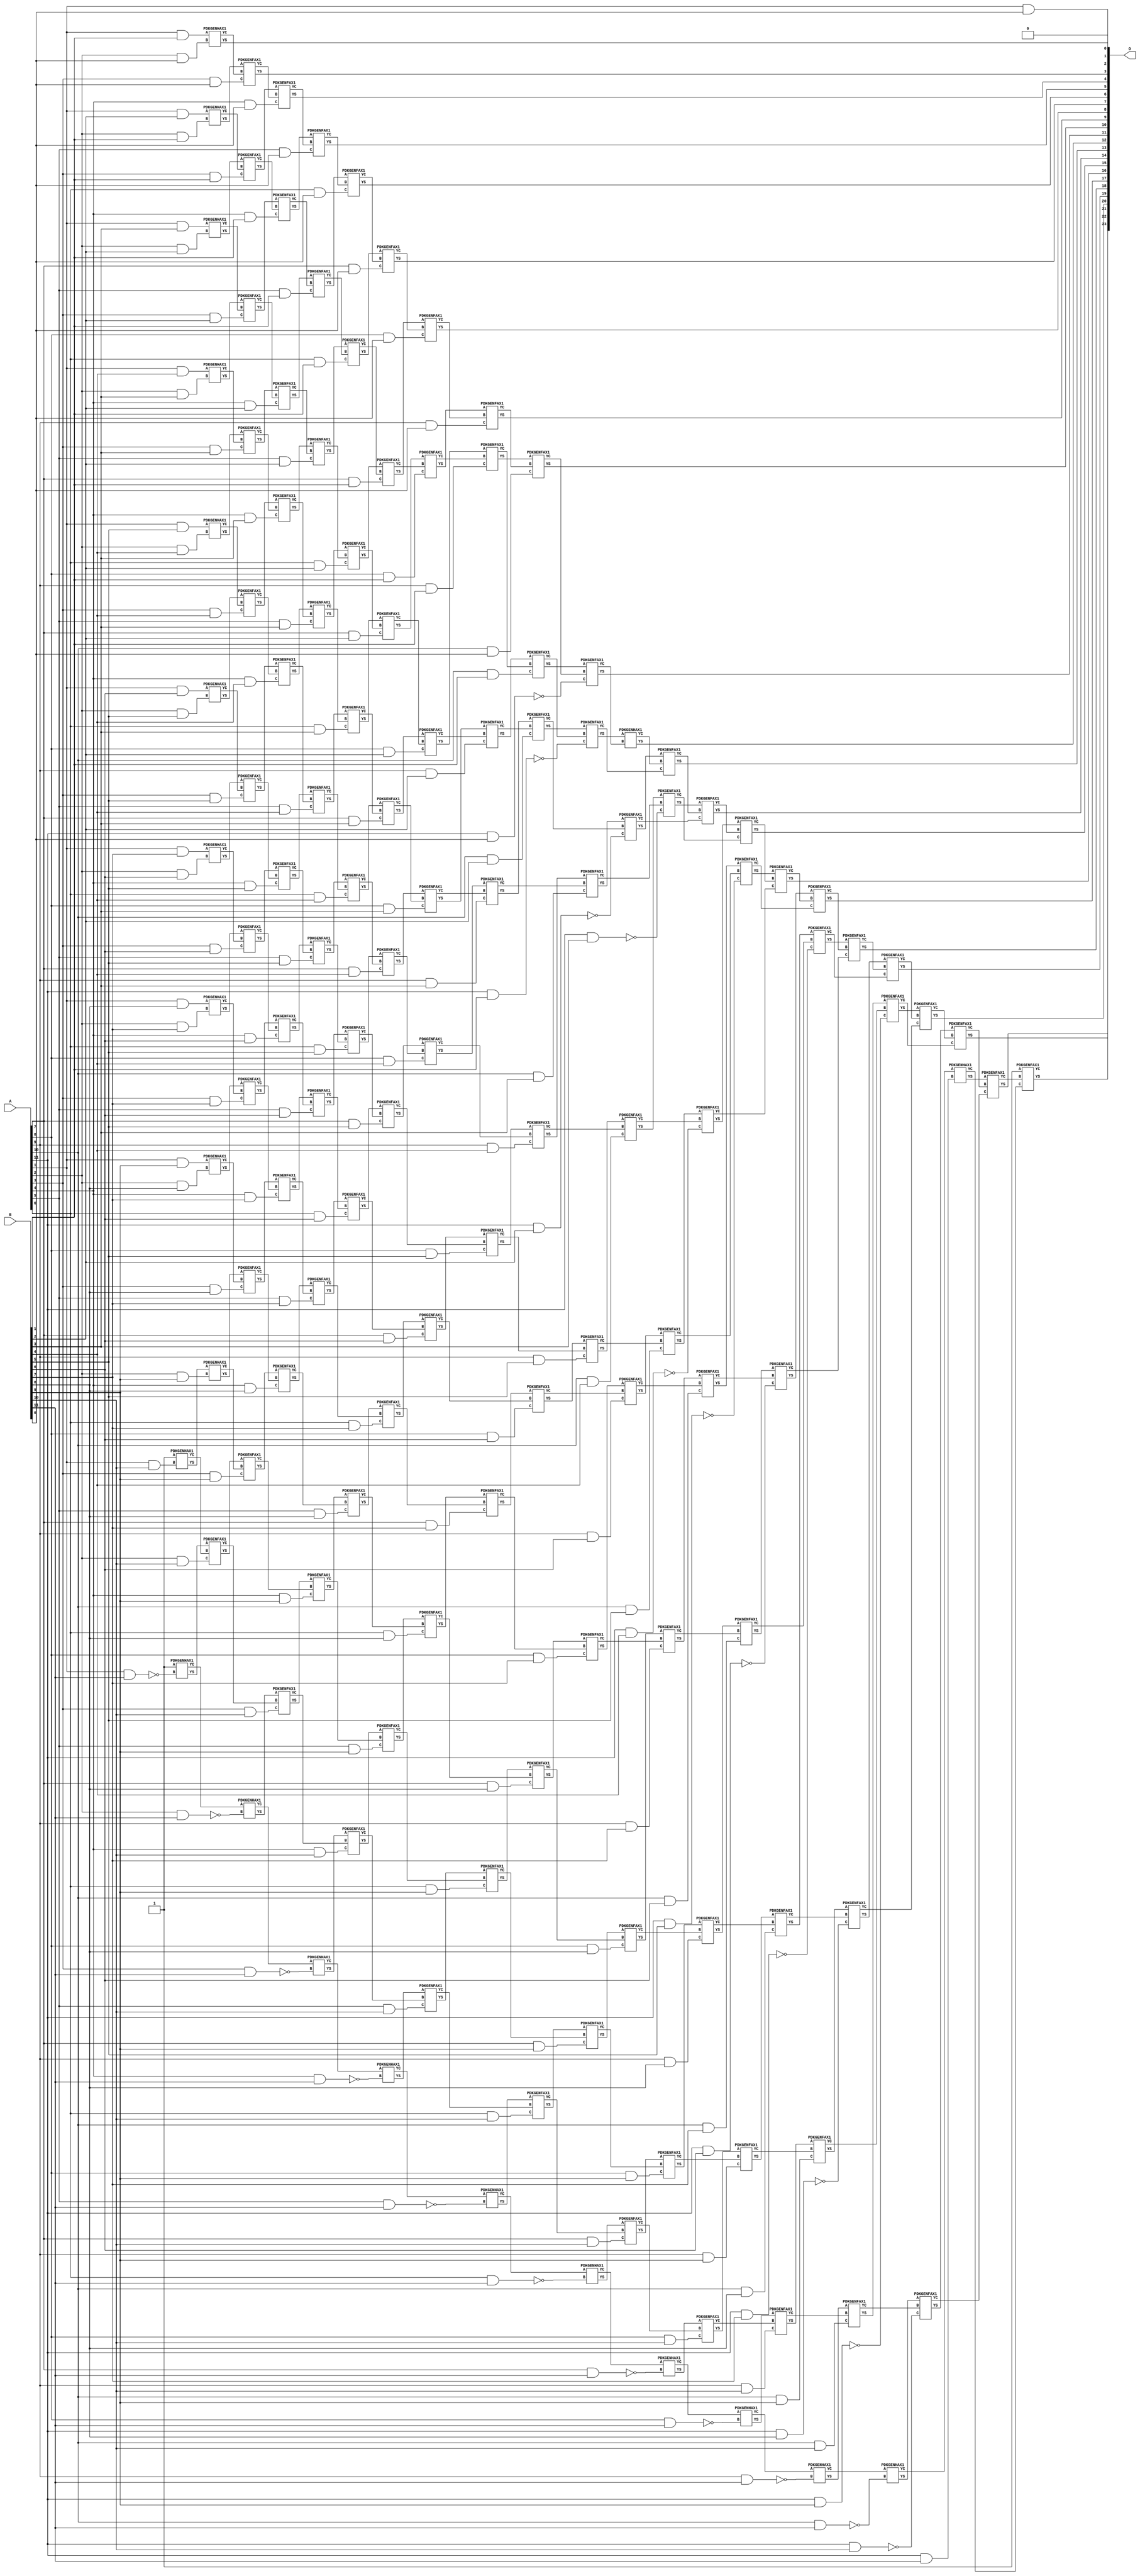
/***
* This code is a part of EvoApproxLib library (ehw.fit.vutbr.cz/approxlib) distributed under The MIT License.
* When used, please cite the following article(s): V. Mrazek, Z. Vasicek, L. Sekanina, H. Jiang and J. Han, "Scalable Construction of Approximate Multipliers With Formally Guaranteed Worst Case Error" in IEEE Transactions on Very Large Scale Integration (VLSI) Systems, vol. 26, no. 11, pp. 2572-2576, Nov. 2018. doi: 10.1109/TVLSI.2018.2856362 
* This file contains a circuit from a sub-set of pareto optimal circuits with respect to the pwr and ep parameters
***/
// MAE% = 0.0031 %
// MAE = 512 
// WCE% = 0.012 %
// WCE = 2048 
// WCRE% = 100.00 %
// EP% = 49.99 %
// MRE% = 0.22 %
// MSE = 699051 
// PDK45_PWR = 1.093 mW
// PDK45_AREA = 1528.0 um2
// PDK45_DELAY = 2.24 ns


module mul12s_2R1 ( A, B, O );
  input [11:0] A;
  input [11:0] B;
  output [23:0] O;

  wire C_10_0,C_10_1,C_10_10,C_10_11,C_10_2,C_10_3,C_10_4,C_10_5,C_10_6,C_10_7,C_10_8,C_10_9,C_11_0,C_11_1,C_11_10,C_11_11,C_11_2,C_11_3,C_11_4,C_11_5,C_11_6,C_11_7,C_11_8,C_11_9,C_12_0,C_12_1,C_12_10,C_12_11,C_12_2,C_12_3,C_12_4,C_12_5,C_12_6,C_12_7,C_12_8,C_12_9,C_1_10,C_1_11,C_2_0,C_2_1,C_2_10,C_2_11,C_2_2,C_2_3,C_2_4,C_2_5,C_2_6,C_2_7,C_2_8,C_2_9,C_3_0,C_3_1,C_3_10,C_3_11,C_3_2,C_3_3,C_3_4,C_3_5,C_3_6,C_3_7,C_3_8,C_3_9,C_4_0,C_4_1,C_4_10,C_4_11,C_4_2,C_4_3,C_4_4,C_4_5,C_4_6,C_4_7,C_4_8,C_4_9,C_5_0,C_5_1,C_5_10,C_5_11,C_5_2,C_5_3,C_5_4,C_5_5,C_5_6,C_5_7,C_5_8,C_5_9,C_6_0,C_6_1,C_6_10,C_6_11,C_6_2,C_6_3,C_6_4,C_6_5,C_6_6,C_6_7,C_6_8,C_6_9,C_7_0,C_7_1,C_7_10,C_7_11,C_7_2,C_7_3,C_7_4,C_7_5,C_7_6,C_7_7,C_7_8,C_7_9,C_8_0,C_8_1,C_8_10,C_8_11,C_8_2,C_8_3,C_8_4,C_8_5,C_8_6,C_8_7,C_8_8,C_8_9,C_9_0,C_9_1,C_9_10,C_9_11,C_9_2,C_9_3,C_9_4,C_9_5,C_9_6,C_9_7,C_9_8,C_9_9,S_0_11,S_10_0,S_10_1,S_10_10,S_10_11,S_10_2,S_10_3,S_10_4,S_10_5,S_10_6,S_10_7,S_10_8,S_10_9,S_11_0,S_11_1,S_11_10,S_11_11,S_11_2,S_11_3,S_11_4,S_11_5,S_11_6,S_11_7,S_11_8,S_11_9,S_12_0,S_12_1,S_12_10,S_12_11,S_12_2,S_12_3,S_12_4,S_12_5,S_12_6,S_12_7,S_12_8,S_12_9,S_1_0,S_1_1,S_1_10,S_1_11,S_1_2,S_1_3,S_1_4,S_1_5,S_1_6,S_1_7,S_1_8,S_1_9,S_2_0,S_2_1,S_2_10,S_2_11,S_2_2,S_2_3,S_2_4,S_2_5,S_2_6,S_2_7,S_2_8,S_2_9,S_3_0,S_3_1,S_3_10,S_3_11,S_3_2,S_3_3,S_3_4,S_3_5,S_3_6,S_3_7,S_3_8,S_3_9,S_4_0,S_4_1,S_4_10,S_4_11,S_4_2,S_4_3,S_4_4,S_4_5,S_4_6,S_4_7,S_4_8,S_4_9,S_5_0,S_5_1,S_5_10,S_5_11,S_5_2,S_5_3,S_5_4,S_5_5,S_5_6,S_5_7,S_5_8,S_5_9,S_6_0,S_6_1,S_6_10,S_6_11,S_6_2,S_6_3,S_6_4,S_6_5,S_6_6,S_6_7,S_6_8,S_6_9,S_7_0,S_7_1,S_7_10,S_7_11,S_7_2,S_7_3,S_7_4,S_7_5,S_7_6,S_7_7,S_7_8,S_7_9,S_8_0,S_8_1,S_8_10,S_8_11,S_8_2,S_8_3,S_8_4,S_8_5,S_8_6,S_8_7,S_8_8,S_8_9,S_9_0,S_9_1,S_9_10,S_9_11,S_9_2,S_9_3,S_9_4,S_9_5,S_9_6,S_9_7,S_9_8,S_9_9;

  assign S_0_11 = 1'b1;
  assign S_1_0 = (A[1] & B[0]);
  assign S_1_1 = (A[1] & B[1]);
  assign S_1_2 = (A[1] & B[2]);
  assign S_1_3 = (A[1] & B[3]);
  assign S_1_4 = (A[1] & B[4]);
  assign S_1_5 = (A[1] & B[5]);
  assign S_1_6 = (A[1] & B[6]);
  assign S_1_7 = (A[1] & B[7]);
  assign S_1_8 = (A[1] & B[8]);
  assign S_1_9 = (A[1] & B[9]);
  PDKGENHAX1 U20447 (.A(S_0_11), .B((A[1] & B[10])), .YS(S_1_10), .YC(C_1_10));
  PDKGENHAX1 U20448 (.A(1'b1), .B(~(A[1] & B[11])), .YS(S_1_11), .YC(C_1_11));
  PDKGENHAX1 U20449 (.A(S_1_1), .B((A[2] & B[0])), .YS(S_2_0), .YC(C_2_0));
  PDKGENHAX1 U20450 (.A(S_1_2), .B((A[2] & B[1])), .YS(S_2_1), .YC(C_2_1));
  PDKGENHAX1 U20451 (.A(S_1_3), .B((A[2] & B[2])), .YS(S_2_2), .YC(C_2_2));
  PDKGENHAX1 U20452 (.A(S_1_4), .B((A[2] & B[3])), .YS(S_2_3), .YC(C_2_3));
  PDKGENHAX1 U20453 (.A(S_1_5), .B((A[2] & B[4])), .YS(S_2_4), .YC(C_2_4));
  PDKGENHAX1 U20454 (.A(S_1_6), .B((A[2] & B[5])), .YS(S_2_5), .YC(C_2_5));
  PDKGENHAX1 U20455 (.A(S_1_7), .B((A[2] & B[6])), .YS(S_2_6), .YC(C_2_6));
  PDKGENHAX1 U20456 (.A(S_1_8), .B((A[2] & B[7])), .YS(S_2_7), .YC(C_2_7));
  PDKGENHAX1 U20457 (.A(S_1_9), .B((A[2] & B[8])), .YS(S_2_8), .YC(C_2_8));
  PDKGENHAX1 U20458 (.A(S_1_10), .B((A[2] & B[9])), .YS(S_2_9), .YC(C_2_9));
  PDKGENFAX1 U20459 (.A(S_1_11), .B(C_1_10), .C((A[2] & B[10])), .YS(S_2_10), .YC(C_2_10));
  PDKGENHAX1 U20460 (.A(C_1_11), .B(~(A[2] & B[11])), .YS(S_2_11), .YC(C_2_11));
  PDKGENFAX1 U20461 (.A(S_2_1), .B(C_2_0), .C((A[3] & B[0])), .YS(S_3_0), .YC(C_3_0));
  PDKGENFAX1 U20462 (.A(S_2_2), .B(C_2_1), .C((A[3] & B[1])), .YS(S_3_1), .YC(C_3_1));
  PDKGENFAX1 U20463 (.A(S_2_3), .B(C_2_2), .C((A[3] & B[2])), .YS(S_3_2), .YC(C_3_2));
  PDKGENFAX1 U20464 (.A(S_2_4), .B(C_2_3), .C((A[3] & B[3])), .YS(S_3_3), .YC(C_3_3));
  PDKGENFAX1 U20465 (.A(S_2_5), .B(C_2_4), .C((A[3] & B[4])), .YS(S_3_4), .YC(C_3_4));
  PDKGENFAX1 U20466 (.A(S_2_6), .B(C_2_5), .C((A[3] & B[5])), .YS(S_3_5), .YC(C_3_5));
  PDKGENFAX1 U20467 (.A(S_2_7), .B(C_2_6), .C((A[3] & B[6])), .YS(S_3_6), .YC(C_3_6));
  PDKGENFAX1 U20468 (.A(S_2_8), .B(C_2_7), .C((A[3] & B[7])), .YS(S_3_7), .YC(C_3_7));
  PDKGENFAX1 U20469 (.A(S_2_9), .B(C_2_8), .C((A[3] & B[8])), .YS(S_3_8), .YC(C_3_8));
  PDKGENFAX1 U20470 (.A(S_2_10), .B(C_2_9), .C((A[3] & B[9])), .YS(S_3_9), .YC(C_3_9));
  PDKGENFAX1 U20471 (.A(S_2_11), .B(C_2_10), .C((A[3] & B[10])), .YS(S_3_10), .YC(C_3_10));
  PDKGENHAX1 U20472 (.A(C_2_11), .B(~(A[3] & B[11])), .YS(S_3_11), .YC(C_3_11));
  PDKGENFAX1 U20473 (.A(S_3_1), .B(C_3_0), .C((A[4] & B[0])), .YS(S_4_0), .YC(C_4_0));
  PDKGENFAX1 U20474 (.A(S_3_2), .B(C_3_1), .C((A[4] & B[1])), .YS(S_4_1), .YC(C_4_1));
  PDKGENFAX1 U20475 (.A(S_3_3), .B(C_3_2), .C((A[4] & B[2])), .YS(S_4_2), .YC(C_4_2));
  PDKGENFAX1 U20476 (.A(S_3_4), .B(C_3_3), .C((A[4] & B[3])), .YS(S_4_3), .YC(C_4_3));
  PDKGENFAX1 U20477 (.A(S_3_5), .B(C_3_4), .C((A[4] & B[4])), .YS(S_4_4), .YC(C_4_4));
  PDKGENFAX1 U20478 (.A(S_3_6), .B(C_3_5), .C((A[4] & B[5])), .YS(S_4_5), .YC(C_4_5));
  PDKGENFAX1 U20479 (.A(S_3_7), .B(C_3_6), .C((A[4] & B[6])), .YS(S_4_6), .YC(C_4_6));
  PDKGENFAX1 U20480 (.A(S_3_8), .B(C_3_7), .C((A[4] & B[7])), .YS(S_4_7), .YC(C_4_7));
  PDKGENFAX1 U20481 (.A(S_3_9), .B(C_3_8), .C((A[4] & B[8])), .YS(S_4_8), .YC(C_4_8));
  PDKGENFAX1 U20482 (.A(S_3_10), .B(C_3_9), .C((A[4] & B[9])), .YS(S_4_9), .YC(C_4_9));
  PDKGENFAX1 U20483 (.A(S_3_11), .B(C_3_10), .C((A[4] & B[10])), .YS(S_4_10), .YC(C_4_10));
  PDKGENHAX1 U20484 (.A(C_3_11), .B(~(A[4] & B[11])), .YS(S_4_11), .YC(C_4_11));
  PDKGENFAX1 U20485 (.A(S_4_1), .B(C_4_0), .C((A[5] & B[0])), .YS(S_5_0), .YC(C_5_0));
  PDKGENFAX1 U20486 (.A(S_4_2), .B(C_4_1), .C((A[5] & B[1])), .YS(S_5_1), .YC(C_5_1));
  PDKGENFAX1 U20487 (.A(S_4_3), .B(C_4_2), .C((A[5] & B[2])), .YS(S_5_2), .YC(C_5_2));
  PDKGENFAX1 U20488 (.A(S_4_4), .B(C_4_3), .C((A[5] & B[3])), .YS(S_5_3), .YC(C_5_3));
  PDKGENFAX1 U20489 (.A(S_4_5), .B(C_4_4), .C((A[5] & B[4])), .YS(S_5_4), .YC(C_5_4));
  PDKGENFAX1 U20490 (.A(S_4_6), .B(C_4_5), .C((A[5] & B[5])), .YS(S_5_5), .YC(C_5_5));
  PDKGENFAX1 U20491 (.A(S_4_7), .B(C_4_6), .C((A[5] & B[6])), .YS(S_5_6), .YC(C_5_6));
  PDKGENFAX1 U20492 (.A(S_4_8), .B(C_4_7), .C((A[5] & B[7])), .YS(S_5_7), .YC(C_5_7));
  PDKGENFAX1 U20493 (.A(S_4_9), .B(C_4_8), .C((A[5] & B[8])), .YS(S_5_8), .YC(C_5_8));
  PDKGENFAX1 U20494 (.A(S_4_10), .B(C_4_9), .C((A[5] & B[9])), .YS(S_5_9), .YC(C_5_9));
  PDKGENFAX1 U20495 (.A(S_4_11), .B(C_4_10), .C((A[5] & B[10])), .YS(S_5_10), .YC(C_5_10));
  PDKGENHAX1 U20496 (.A(C_4_11), .B(~(A[5] & B[11])), .YS(S_5_11), .YC(C_5_11));
  PDKGENFAX1 U20497 (.A(S_5_1), .B(C_5_0), .C((A[6] & B[0])), .YS(S_6_0), .YC(C_6_0));
  PDKGENFAX1 U20498 (.A(S_5_2), .B(C_5_1), .C((A[6] & B[1])), .YS(S_6_1), .YC(C_6_1));
  PDKGENFAX1 U20499 (.A(S_5_3), .B(C_5_2), .C((A[6] & B[2])), .YS(S_6_2), .YC(C_6_2));
  PDKGENFAX1 U20500 (.A(S_5_4), .B(C_5_3), .C((A[6] & B[3])), .YS(S_6_3), .YC(C_6_3));
  PDKGENFAX1 U20501 (.A(S_5_5), .B(C_5_4), .C((A[6] & B[4])), .YS(S_6_4), .YC(C_6_4));
  PDKGENFAX1 U20502 (.A(S_5_6), .B(C_5_5), .C((A[6] & B[5])), .YS(S_6_5), .YC(C_6_5));
  PDKGENFAX1 U20503 (.A(S_5_7), .B(C_5_6), .C((A[6] & B[6])), .YS(S_6_6), .YC(C_6_6));
  PDKGENFAX1 U20504 (.A(S_5_8), .B(C_5_7), .C((A[6] & B[7])), .YS(S_6_7), .YC(C_6_7));
  PDKGENFAX1 U20505 (.A(S_5_9), .B(C_5_8), .C((A[6] & B[8])), .YS(S_6_8), .YC(C_6_8));
  PDKGENFAX1 U20506 (.A(S_5_10), .B(C_5_9), .C((A[6] & B[9])), .YS(S_6_9), .YC(C_6_9));
  PDKGENFAX1 U20507 (.A(S_5_11), .B(C_5_10), .C((A[6] & B[10])), .YS(S_6_10), .YC(C_6_10));
  PDKGENHAX1 U20508 (.A(C_5_11), .B(~(A[6] & B[11])), .YS(S_6_11), .YC(C_6_11));
  PDKGENFAX1 U20509 (.A(S_6_1), .B(C_6_0), .C((A[7] & B[0])), .YS(S_7_0), .YC(C_7_0));
  PDKGENFAX1 U20510 (.A(S_6_2), .B(C_6_1), .C((A[7] & B[1])), .YS(S_7_1), .YC(C_7_1));
  PDKGENFAX1 U20511 (.A(S_6_3), .B(C_6_2), .C((A[7] & B[2])), .YS(S_7_2), .YC(C_7_2));
  PDKGENFAX1 U20512 (.A(S_6_4), .B(C_6_3), .C((A[7] & B[3])), .YS(S_7_3), .YC(C_7_3));
  PDKGENFAX1 U20513 (.A(S_6_5), .B(C_6_4), .C((A[7] & B[4])), .YS(S_7_4), .YC(C_7_4));
  PDKGENFAX1 U20514 (.A(S_6_6), .B(C_6_5), .C((A[7] & B[5])), .YS(S_7_5), .YC(C_7_5));
  PDKGENFAX1 U20515 (.A(S_6_7), .B(C_6_6), .C((A[7] & B[6])), .YS(S_7_6), .YC(C_7_6));
  PDKGENFAX1 U20516 (.A(S_6_8), .B(C_6_7), .C((A[7] & B[7])), .YS(S_7_7), .YC(C_7_7));
  PDKGENFAX1 U20517 (.A(S_6_9), .B(C_6_8), .C((A[7] & B[8])), .YS(S_7_8), .YC(C_7_8));
  PDKGENFAX1 U20518 (.A(S_6_10), .B(C_6_9), .C((A[7] & B[9])), .YS(S_7_9), .YC(C_7_9));
  PDKGENFAX1 U20519 (.A(S_6_11), .B(C_6_10), .C((A[7] & B[10])), .YS(S_7_10), .YC(C_7_10));
  PDKGENHAX1 U20520 (.A(C_6_11), .B(~(A[7] & B[11])), .YS(S_7_11), .YC(C_7_11));
  PDKGENFAX1 U20521 (.A(S_7_1), .B(C_7_0), .C((A[8] & B[0])), .YS(S_8_0), .YC(C_8_0));
  PDKGENFAX1 U20522 (.A(S_7_2), .B(C_7_1), .C((A[8] & B[1])), .YS(S_8_1), .YC(C_8_1));
  PDKGENFAX1 U20523 (.A(S_7_3), .B(C_7_2), .C((A[8] & B[2])), .YS(S_8_2), .YC(C_8_2));
  PDKGENFAX1 U20524 (.A(S_7_4), .B(C_7_3), .C((A[8] & B[3])), .YS(S_8_3), .YC(C_8_3));
  PDKGENFAX1 U20525 (.A(S_7_5), .B(C_7_4), .C((A[8] & B[4])), .YS(S_8_4), .YC(C_8_4));
  PDKGENFAX1 U20526 (.A(S_7_6), .B(C_7_5), .C((A[8] & B[5])), .YS(S_8_5), .YC(C_8_5));
  PDKGENFAX1 U20527 (.A(S_7_7), .B(C_7_6), .C((A[8] & B[6])), .YS(S_8_6), .YC(C_8_6));
  PDKGENFAX1 U20528 (.A(S_7_8), .B(C_7_7), .C((A[8] & B[7])), .YS(S_8_7), .YC(C_8_7));
  PDKGENFAX1 U20529 (.A(S_7_9), .B(C_7_8), .C((A[8] & B[8])), .YS(S_8_8), .YC(C_8_8));
  PDKGENFAX1 U20530 (.A(S_7_10), .B(C_7_9), .C((A[8] & B[9])), .YS(S_8_9), .YC(C_8_9));
  PDKGENFAX1 U20531 (.A(S_7_11), .B(C_7_10), .C((A[8] & B[10])), .YS(S_8_10), .YC(C_8_10));
  PDKGENHAX1 U20532 (.A(C_7_11), .B(~(A[8] & B[11])), .YS(S_8_11), .YC(C_8_11));
  PDKGENFAX1 U20533 (.A(S_8_1), .B(C_8_0), .C((A[9] & B[0])), .YS(S_9_0), .YC(C_9_0));
  PDKGENFAX1 U20534 (.A(S_8_2), .B(C_8_1), .C((A[9] & B[1])), .YS(S_9_1), .YC(C_9_1));
  PDKGENFAX1 U20535 (.A(S_8_3), .B(C_8_2), .C((A[9] & B[2])), .YS(S_9_2), .YC(C_9_2));
  PDKGENFAX1 U20536 (.A(S_8_4), .B(C_8_3), .C((A[9] & B[3])), .YS(S_9_3), .YC(C_9_3));
  PDKGENFAX1 U20537 (.A(S_8_5), .B(C_8_4), .C((A[9] & B[4])), .YS(S_9_4), .YC(C_9_4));
  PDKGENFAX1 U20538 (.A(S_8_6), .B(C_8_5), .C((A[9] & B[5])), .YS(S_9_5), .YC(C_9_5));
  PDKGENFAX1 U20539 (.A(S_8_7), .B(C_8_6), .C((A[9] & B[6])), .YS(S_9_6), .YC(C_9_6));
  PDKGENFAX1 U20540 (.A(S_8_8), .B(C_8_7), .C((A[9] & B[7])), .YS(S_9_7), .YC(C_9_7));
  PDKGENFAX1 U20541 (.A(S_8_9), .B(C_8_8), .C((A[9] & B[8])), .YS(S_9_8), .YC(C_9_8));
  PDKGENFAX1 U20542 (.A(S_8_10), .B(C_8_9), .C((A[9] & B[9])), .YS(S_9_9), .YC(C_9_9));
  PDKGENFAX1 U20543 (.A(S_8_11), .B(C_8_10), .C((A[9] & B[10])), .YS(S_9_10), .YC(C_9_10));
  PDKGENHAX1 U20544 (.A(C_8_11), .B(~(A[9] & B[11])), .YS(S_9_11), .YC(C_9_11));
  PDKGENFAX1 U20545 (.A(S_9_1), .B(C_9_0), .C((A[10] & B[0])), .YS(S_10_0), .YC(C_10_0));
  PDKGENFAX1 U20546 (.A(S_9_2), .B(C_9_1), .C((A[10] & B[1])), .YS(S_10_1), .YC(C_10_1));
  PDKGENFAX1 U20547 (.A(S_9_3), .B(C_9_2), .C((A[10] & B[2])), .YS(S_10_2), .YC(C_10_2));
  PDKGENFAX1 U20548 (.A(S_9_4), .B(C_9_3), .C((A[10] & B[3])), .YS(S_10_3), .YC(C_10_3));
  PDKGENFAX1 U20549 (.A(S_9_5), .B(C_9_4), .C((A[10] & B[4])), .YS(S_10_4), .YC(C_10_4));
  PDKGENFAX1 U20550 (.A(S_9_6), .B(C_9_5), .C((A[10] & B[5])), .YS(S_10_5), .YC(C_10_5));
  PDKGENFAX1 U20551 (.A(S_9_7), .B(C_9_6), .C((A[10] & B[6])), .YS(S_10_6), .YC(C_10_6));
  PDKGENFAX1 U20552 (.A(S_9_8), .B(C_9_7), .C((A[10] & B[7])), .YS(S_10_7), .YC(C_10_7));
  PDKGENFAX1 U20553 (.A(S_9_9), .B(C_9_8), .C((A[10] & B[8])), .YS(S_10_8), .YC(C_10_8));
  PDKGENFAX1 U20554 (.A(S_9_10), .B(C_9_9), .C((A[10] & B[9])), .YS(S_10_9), .YC(C_10_9));
  PDKGENFAX1 U20555 (.A(S_9_11), .B(C_9_10), .C((A[10] & B[10])), .YS(S_10_10), .YC(C_10_10));
  PDKGENHAX1 U20556 (.A(C_9_11), .B(~(A[10] & B[11])), .YS(S_10_11), .YC(C_10_11));
  PDKGENFAX1 U20557 (.A(S_10_1), .B(C_10_0), .C(~(A[11] & B[0])), .YS(S_11_0), .YC(C_11_0));
  PDKGENFAX1 U20558 (.A(S_10_2), .B(C_10_1), .C(~(A[11] & B[1])), .YS(S_11_1), .YC(C_11_1));
  PDKGENFAX1 U20559 (.A(S_10_3), .B(C_10_2), .C(~(A[11] & B[2])), .YS(S_11_2), .YC(C_11_2));
  PDKGENFAX1 U20560 (.A(S_10_4), .B(C_10_3), .C(~(A[11] & B[3])), .YS(S_11_3), .YC(C_11_3));
  PDKGENFAX1 U20561 (.A(S_10_5), .B(C_10_4), .C(~(A[11] & B[4])), .YS(S_11_4), .YC(C_11_4));
  PDKGENFAX1 U20562 (.A(S_10_6), .B(C_10_5), .C(~(A[11] & B[5])), .YS(S_11_5), .YC(C_11_5));
  PDKGENFAX1 U20563 (.A(S_10_7), .B(C_10_6), .C(~(A[11] & B[6])), .YS(S_11_6), .YC(C_11_6));
  PDKGENFAX1 U20564 (.A(S_10_8), .B(C_10_7), .C(~(A[11] & B[7])), .YS(S_11_7), .YC(C_11_7));
  PDKGENFAX1 U20565 (.A(S_10_9), .B(C_10_8), .C(~(A[11] & B[8])), .YS(S_11_8), .YC(C_11_8));
  PDKGENFAX1 U20566 (.A(S_10_10), .B(C_10_9), .C(~(A[11] & B[9])), .YS(S_11_9), .YC(C_11_9));
  PDKGENFAX1 U20567 (.A(S_10_11), .B(C_10_10), .C(~(A[11] & B[10])), .YS(S_11_10), .YC(C_11_10));
  PDKGENHAX1 U20568 (.A(C_10_11), .B((A[11] & B[11])), .YS(S_11_11), .YC(C_11_11));
  PDKGENHAX1 U20569 (.A(S_11_1), .B(C_11_0), .YS(S_12_0), .YC(C_12_0));
  PDKGENFAX1 U20570 (.A(S_11_2), .B(C_12_0), .C(C_11_1), .YS(S_12_1), .YC(C_12_1));
  PDKGENFAX1 U20571 (.A(S_11_3), .B(C_12_1), .C(C_11_2), .YS(S_12_2), .YC(C_12_2));
  PDKGENFAX1 U20572 (.A(S_11_4), .B(C_12_2), .C(C_11_3), .YS(S_12_3), .YC(C_12_3));
  PDKGENFAX1 U20573 (.A(S_11_5), .B(C_12_3), .C(C_11_4), .YS(S_12_4), .YC(C_12_4));
  PDKGENFAX1 U20574 (.A(S_11_6), .B(C_12_4), .C(C_11_5), .YS(S_12_5), .YC(C_12_5));
  PDKGENFAX1 U20575 (.A(S_11_7), .B(C_12_5), .C(C_11_6), .YS(S_12_6), .YC(C_12_6));
  PDKGENFAX1 U20576 (.A(S_11_8), .B(C_12_6), .C(C_11_7), .YS(S_12_7), .YC(C_12_7));
  PDKGENFAX1 U20577 (.A(S_11_9), .B(C_12_7), .C(C_11_8), .YS(S_12_8), .YC(C_12_8));
  PDKGENFAX1 U20578 (.A(S_11_10), .B(C_12_8), .C(C_11_9), .YS(S_12_9), .YC(C_12_9));
  PDKGENFAX1 U20579 (.A(S_11_11), .B(C_12_9), .C(C_11_10), .YS(S_12_10), .YC(C_12_10));
  PDKGENFAX1 U20580 (.A(1'b1), .B(C_12_10), .C(C_11_11), .YS(S_12_11), .YC(C_12_11));
  assign O = {S_12_11,S_12_10,S_12_9,S_12_8,S_12_7,S_12_6,S_12_5,S_12_4,S_12_3,S_12_2,S_12_1,S_12_0,S_11_0,S_10_0,S_9_0,S_8_0,S_7_0,S_6_0,S_5_0,S_4_0,S_3_0,S_2_0,S_1_0,1'b0};

endmodule

/* mod */
module PDKGENHAX1( input A, input B, output YS, output YC );
    assign YS = A ^ B;
    assign YC = A & B;
endmodule
/* mod */
module PDKGENFAX1( input A, input B, input C, output YS, output YC );
    assign YS = (A ^ B) ^ C;
    assign YC = (A & B) | (B & C) | (A & C);
endmodule